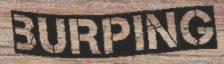
BURPING